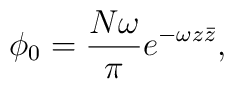
\phi_0 ={N\omega\over\pi}e^{-\omega z\bar{z}},